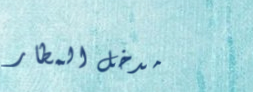
مدخل المطار